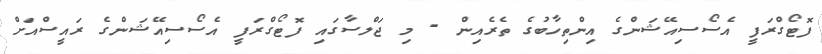
ފޮޓޯގްރަފީ އެސޯސިއޭޝަންގެ އިންތިހާބުގެ ތެރެއިން - މި ޖަލްސާގައި ފޮޓޯގްރަފީ އެސޯސިއޭޝަންގެ ރައީސްއަށް